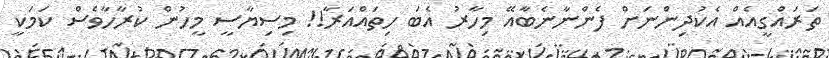
ތަރައްގީއެއް އެކުދިންނަށް ފެންނާނެބާއޭ މިހާރު އެބަ ހިތައްއަރާ!! މިސިޔާސީ މީހުން ކުރާހާވެސް ކަމަކީ